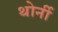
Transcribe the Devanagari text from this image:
थोर्नी